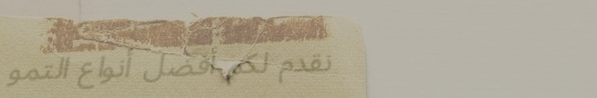
نقدم لكم أفضل أنواع التمو